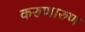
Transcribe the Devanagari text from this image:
करुणारुण